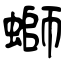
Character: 螄